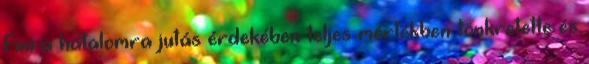
Fini a hatalomra jutás érdekében teljes mértékben tönkretette és